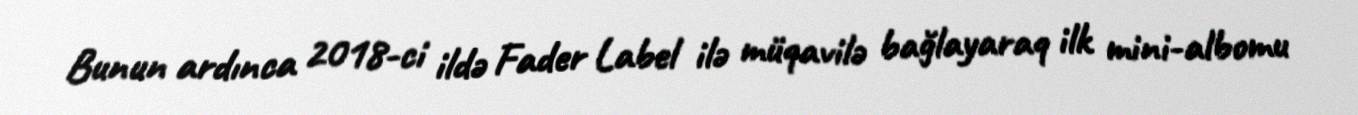
Bunun ardınca 2018-ci ildə Fader Label ilə müqavilə bağlayaraq ilk mini-albomu